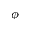
\phi